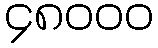
၄၈၀၀၀